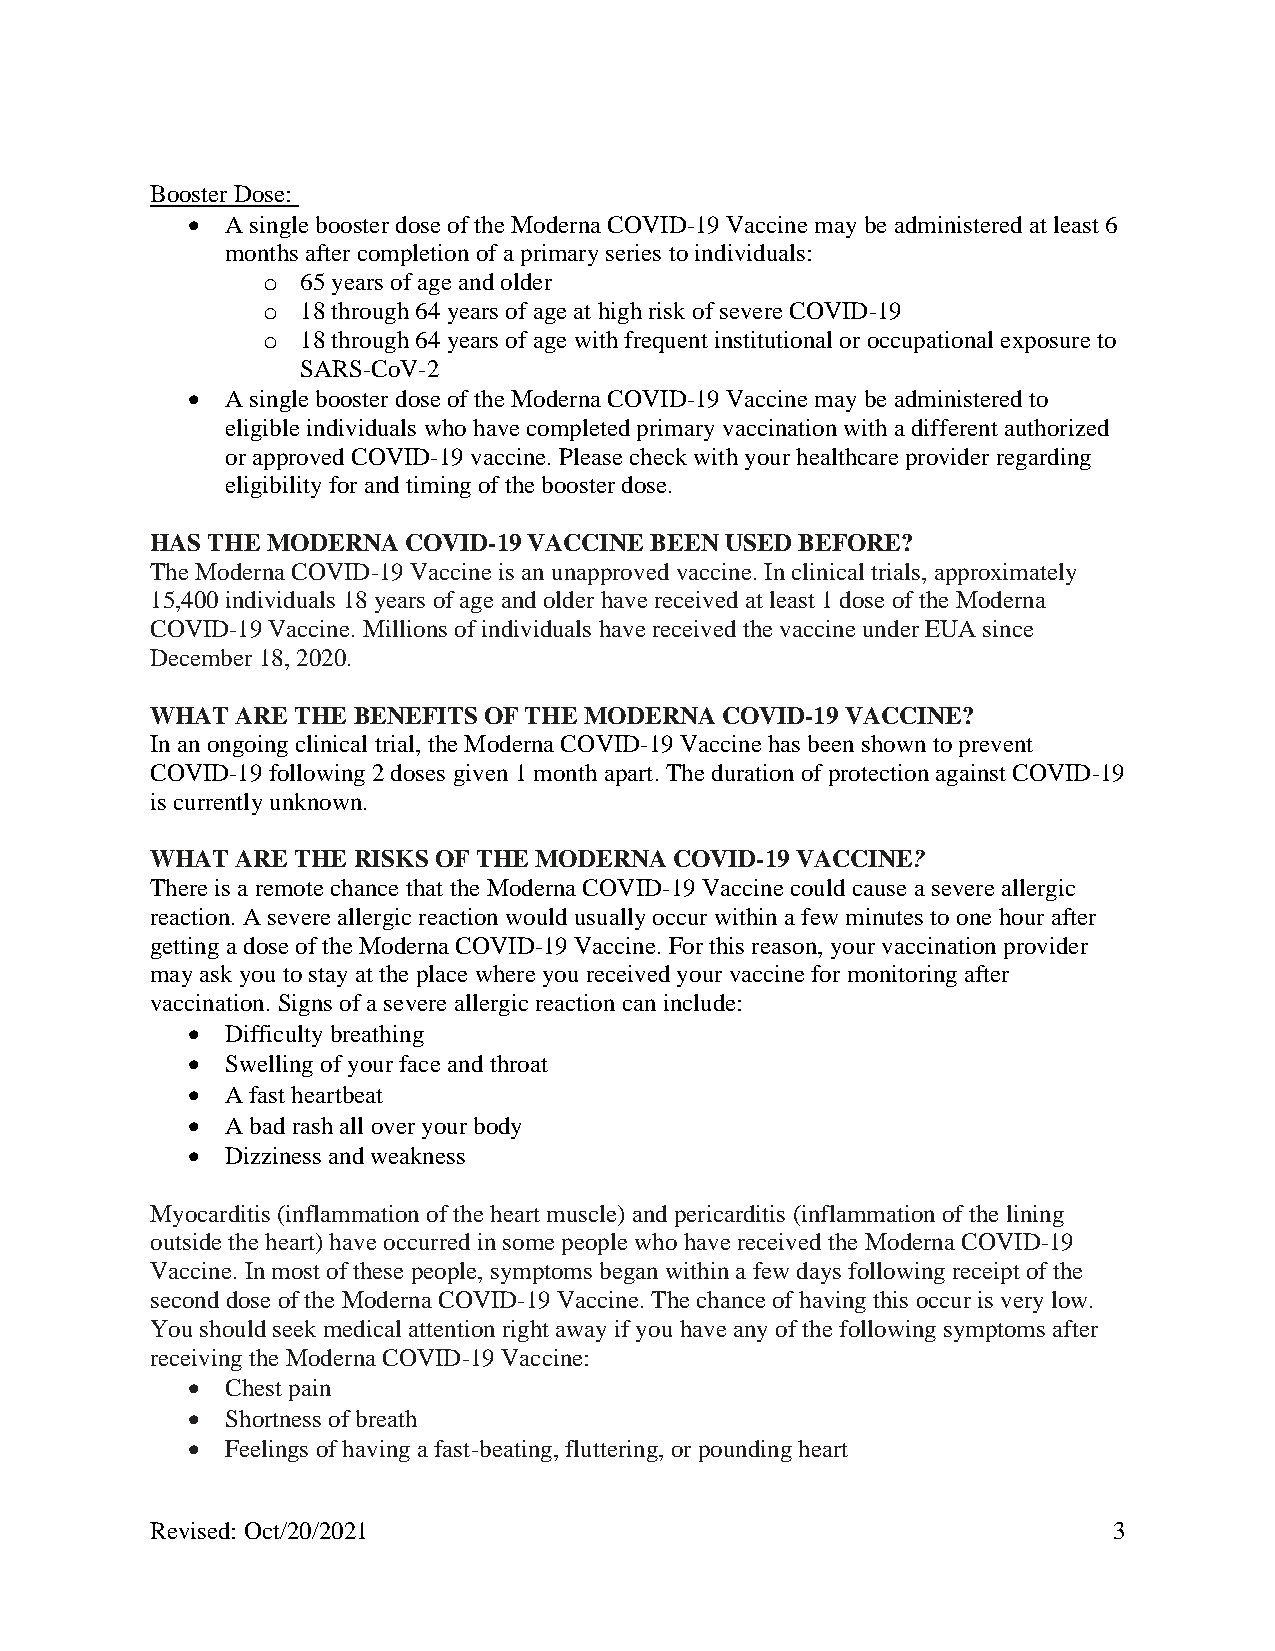
Booster Dose:
 •  A single booster dose of the Moderna COVID-19 Vaccine may be administered at least 6
 months after completion of a primary series to individuals:
 o  65 years of age and older
 o  18 through 64 years of age at high risk of severe COVID-19
 o  18 through 64 years of age with frequent institutional or occupational exposure to
 SARS-CoV-2
 •  A single booster dose of the Moderna COVID-19 Vaccine may be administered to
 eligible individuals who have completed primary vaccination with a different authorized
 or approved COVID-19 vaccine. Please check with your healthcare provider regarding
 eligibility for and timing of the booster dose.
 HAS THE MODERNA  COVID-19 VACCINE BEEN USED BEFORE?
 The Moderna COVID-19 Vaccine is an unapproved vaccine. In clinical trials, approximately
 15,400 individuals 18 years of age and older have received at least 1 dose of the Moderna
 COVID-19 Vaccine. Millions of individuals have received the vaccine under EUA since
 December 18, 2020.
 WHAT  ARE THE BENEFITS OF THE MODERNA COVID-19 VACCINE?
 In an ongoing clinical trial, the Moderna COVID-19 Vaccine has been shown to prevent
 COVID-19 following 2 doses given 1 month apart. The duration of protection against COVID-19
 is currently unknown.
 WHAT  ARE THE RISKS OF THE MODERNA COVID-19 VACCINE?
 There is a remote chance that the Moderna COVID-19 Vaccine could cause a severe allergic
 reaction. A severe allergic reaction would usually occur within a few minutes to one hour after
 getting a dose of the Moderna COVID-19 Vaccine. For this reason, your vaccination provider
 may ask you to stay at the place where you received your vaccine for monitoring after
 vaccination. Signs of a severe allergic reaction can include:
 •  Difficulty breathing
 •  Swelling of your face and throat
 •  A fast heartbeat
 •  A bad rash all over your body
 •  Dizziness and weakness
 Myocarditis (inflammation of the heart muscle) and pericarditis (inflammation of the lining
 outside the heart) have occurred in some people who have received the Moderna COVID-19
 Vaccine. In most of these people, symptoms began within a few days following receipt of the
 second dose of the Moderna COVID-19 Vaccine. The chance of having this occur is very low.
 You should seek medical attention right away if you have any of the following symptoms after
 receiving the Moderna COVID-19 Vaccine:
 •  Chest pain
 •  Shortness of breath
 •  Feelings of having a fast-beating, fluttering, or pounding heart
 Revised: Oct/20/2021                                            3